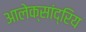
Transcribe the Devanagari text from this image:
आलेक्सांद्रिय